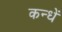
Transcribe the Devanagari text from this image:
कन्धें